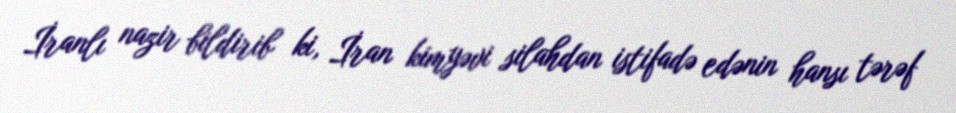
İranlı nazir bildirib ki, İran kimyəvi silahdan istifadə edənin hansı tərəf